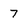
Character: 7